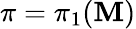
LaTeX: \pi=\pi_{1}(\mathbf{M})